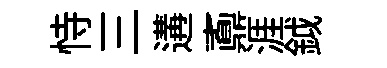
恃三遘鼒涯鉞